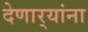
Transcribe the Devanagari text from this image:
देणार्‍यांना